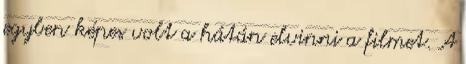
egyben képes volt a hátán elvinni a filmet. A